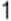
1